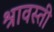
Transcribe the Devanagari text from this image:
श्रावस्‍ती